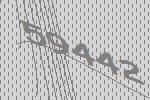
59442